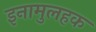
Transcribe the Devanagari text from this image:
इनामुलहक